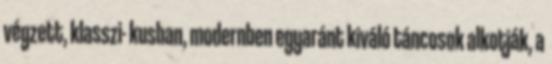
végzett, klasszi- kusban, modernben egyaránt kiváló táncosok alkotják, a